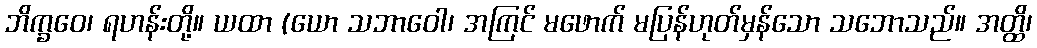
ဘိက္ခဝေ၊ ရဟန်းတို့။ ယထာ (ယော သဘာဝေါ၊ အကြင် မဖောက် မပြန်ဟုတ်မှန်သော သဘောသည်။ အတ္ထိ၊